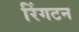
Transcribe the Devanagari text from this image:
रिंगटन